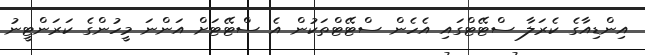
އިންޑިއާގެ ކެރަލާ ސްޓޭޓްގައި އެހެން ސްޓޭޓްތަކުން އެ ސްޓޭޓަށް އަންނަ މީހުންގެ ކަރަންޓީނު